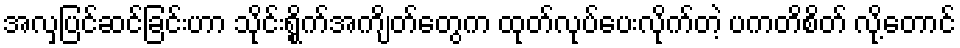
အလှပြင်ဆင်ခြင်းဟာ သိုင်းရွိုက်အကျိတ်တွေက ထုတ်လုပ်ပေးလိုက်တဲ့ ပကတိစိတ် လို့တောင်